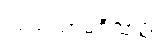
သံဃသာမဂ္ဂီသုတ္တံ